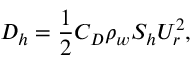
D _ { h } = \frac { 1 } { 2 } C _ { D } \rho _ { w } S _ { h } U _ { r } ^ { 2 } ,